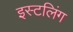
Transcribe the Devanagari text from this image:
इस्टलिंग